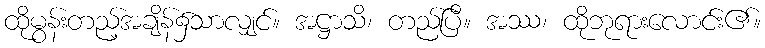
ထိုမွန်းတည့်အချိန်၌သာလျှင်။ အဋ္ဌာသိ၊ တည်ပြီ။ အဿ၊ ထိုဘုရားလောင်း၏။